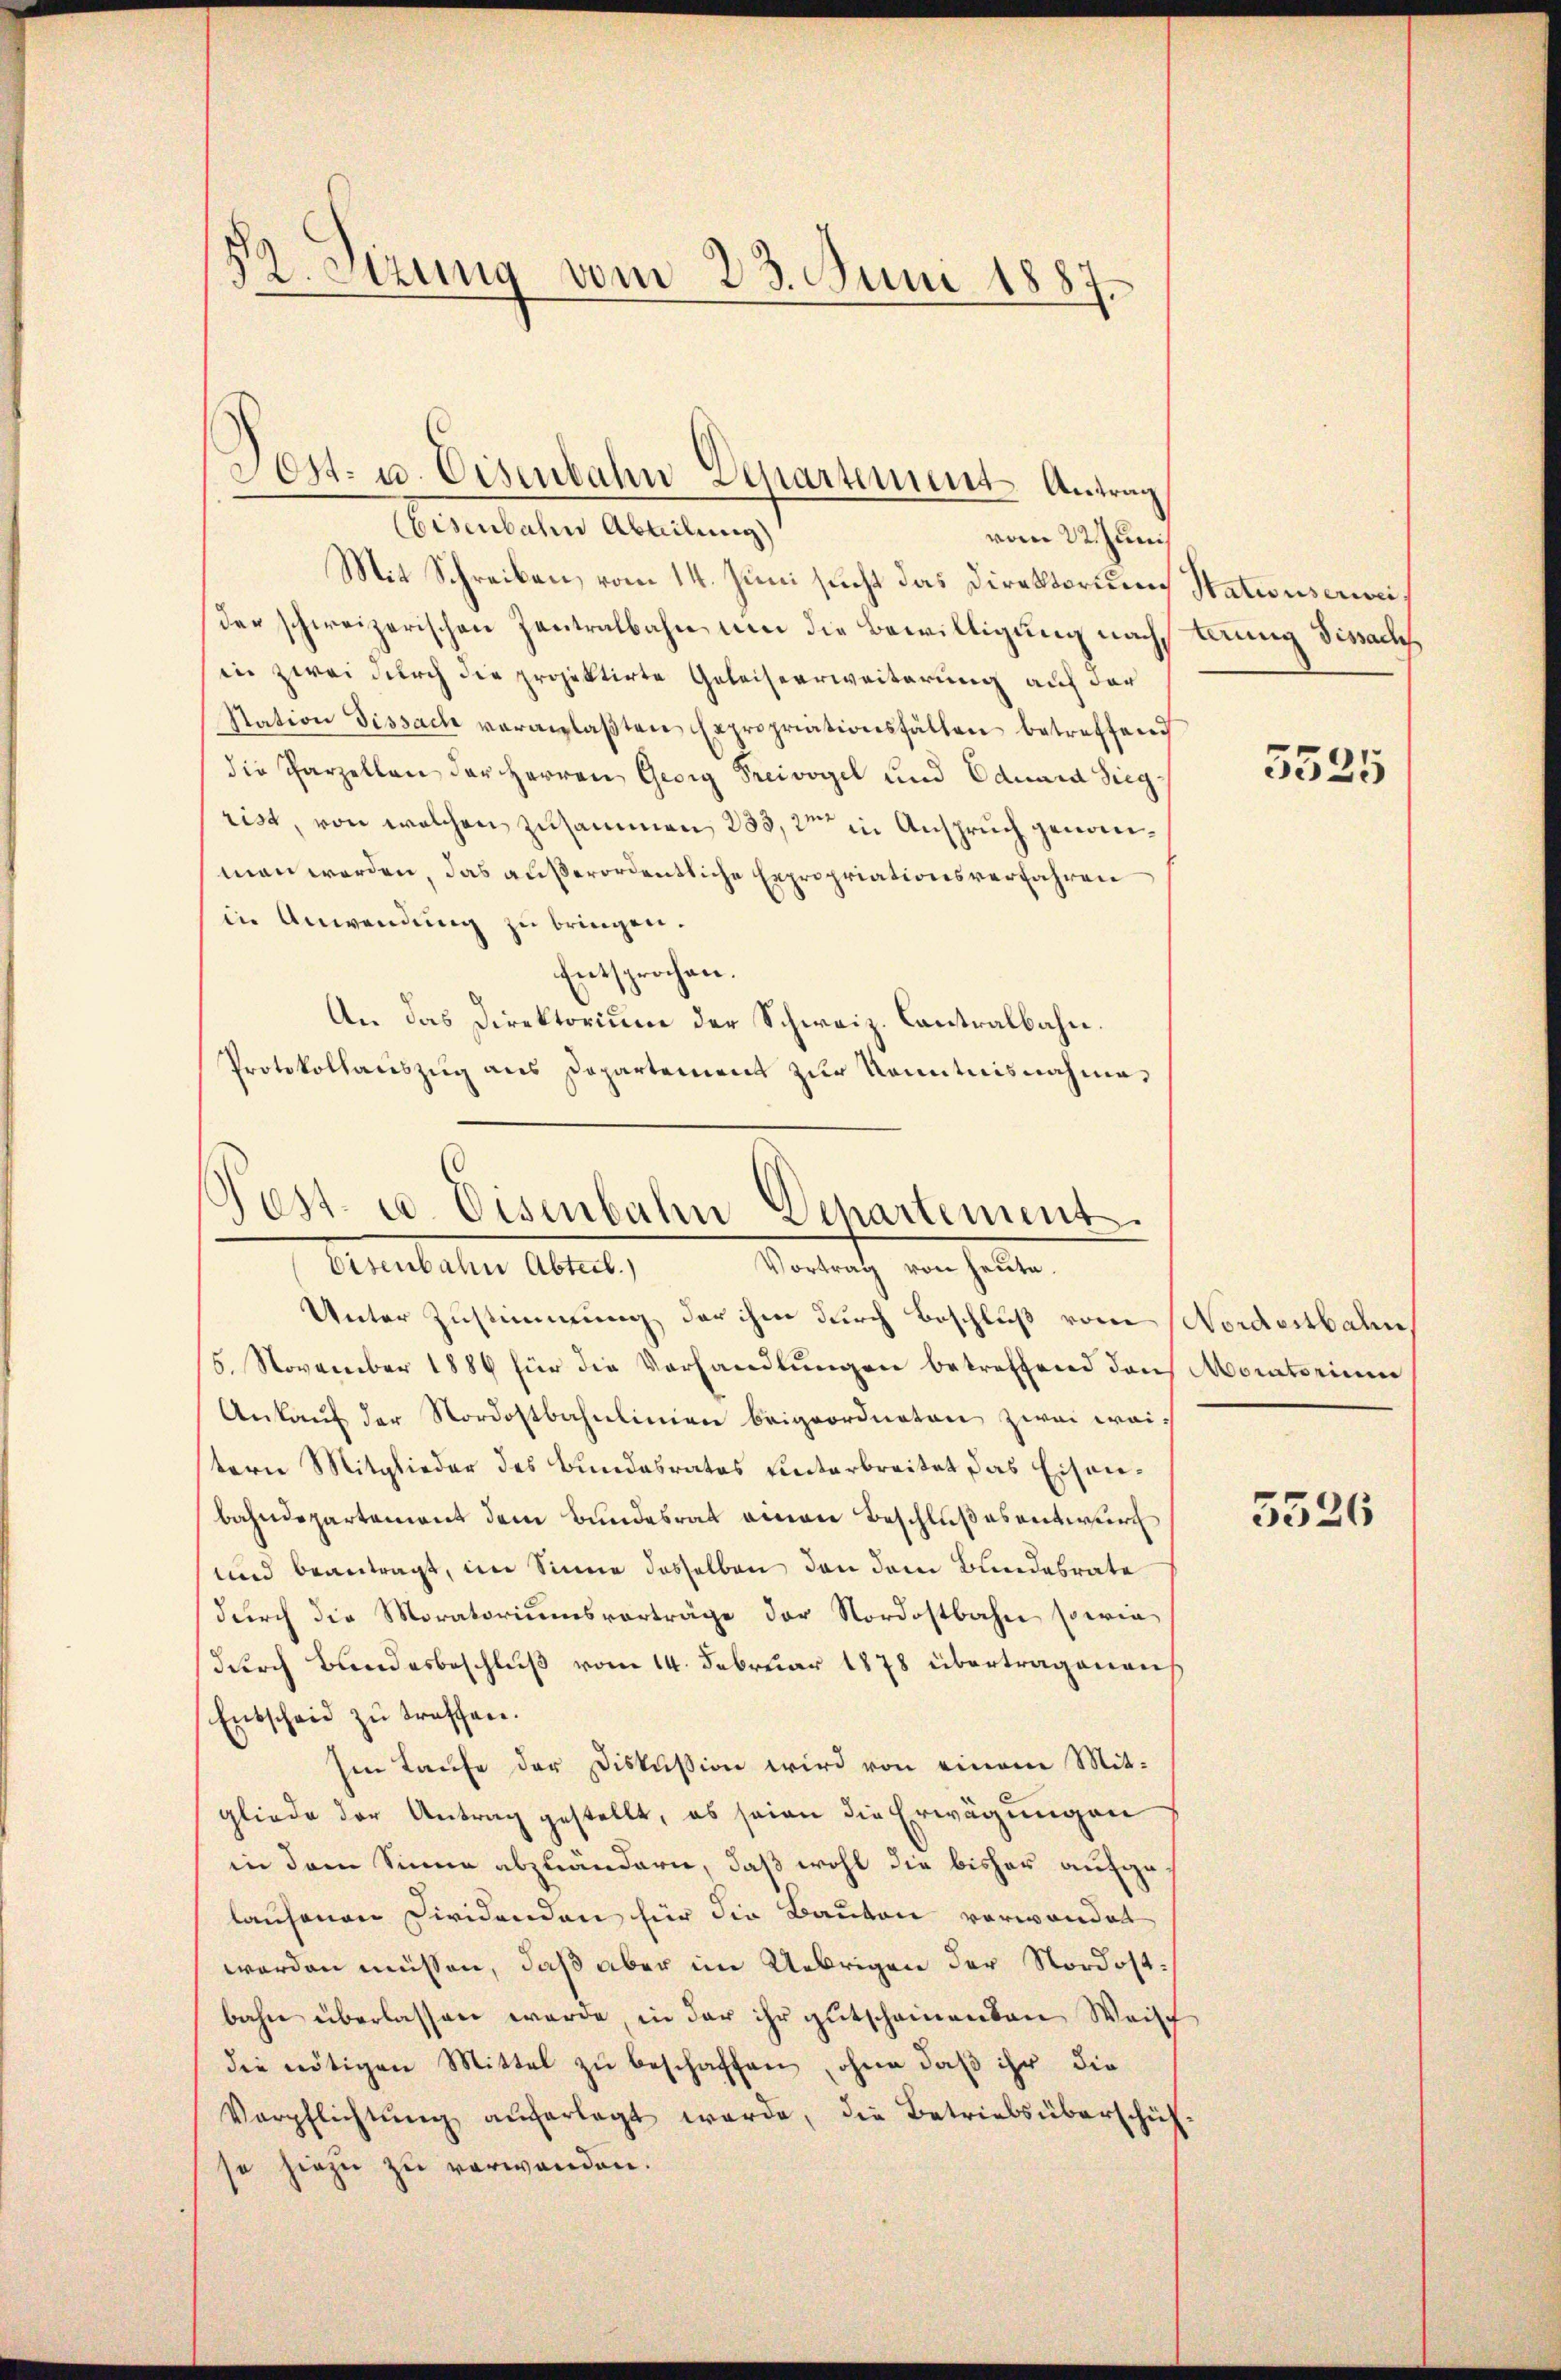
52. Sirung vom 23. Juni 1887.

Eisenbahn Abteilung)
vom 2t Junis
Mit Schreiben, vom 14. Juni sucht das Direktorium
der schweizerischen Zentralbahn um die Bewilligung nachin zwei durch die projektirte Geleiseerweiterung auf der
Station Dissach veranlaβten Expropriationsfällen betreffend
die Parzellen der Herren Georg Freivogel und Eduard Sieg-
rist, von welchen zusammen, 283, 2ten in Anspruch genommen werden, das außerordentliche Expropriationsverfahren
in Anwendung zu bringen.
Entsprochen.
An das Direktorium der Schweiz. Contralbahn.
Protokollauszug aus Departement zur Kenntnisnahme,
Post- u. Eisenbahn Departement.

Sost- u. Eisenbahn Departement Antrag

Vortrag von heute.
Ansbachen Abreit,

Stationserweiterung Dissach

Unter Zustimmung der ihm durch Beschluß vom Nordostbahn
6. November 1888 für die Verhandlungen betreffend den Moratorium
Ankaŭf der Nordostbahnlinien beigeordneten zwei weitern Mitglieder des Bundesrates unterbreitet das Eisenbahndepartement dem Bundesrat einen Beschlußesentwurf
und beantragt, im Sinne desselben den dem Bundesrate
durch die Moratoriumsvorträge der Nordostbahn sowie
durch Bundesbeschluß vom 14. Februar 1878 übertragenens
Entscheid zu treffen.
en Laufe der Diskussion wird von einem Mitgliede der Antrag gestellt, es seien die Erwägungen
in dem Sinne abzuändern, daß wohl die bisher aufgelausenen Dividenden für die Bauten vorwanden
werden müssen, daß aber im Uebrigen der Nordostbahn überlassen werde, in der ihr gutscheinenten Weisch
die nötigen Mittel zu beschaffen, ohne daß ihr die
Verpflichtŭng aŭferlegt werde, die Betriebsüberschüh-
se hiezu zu verwanden.

5525

5526